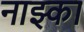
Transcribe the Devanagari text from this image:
नाझ्का